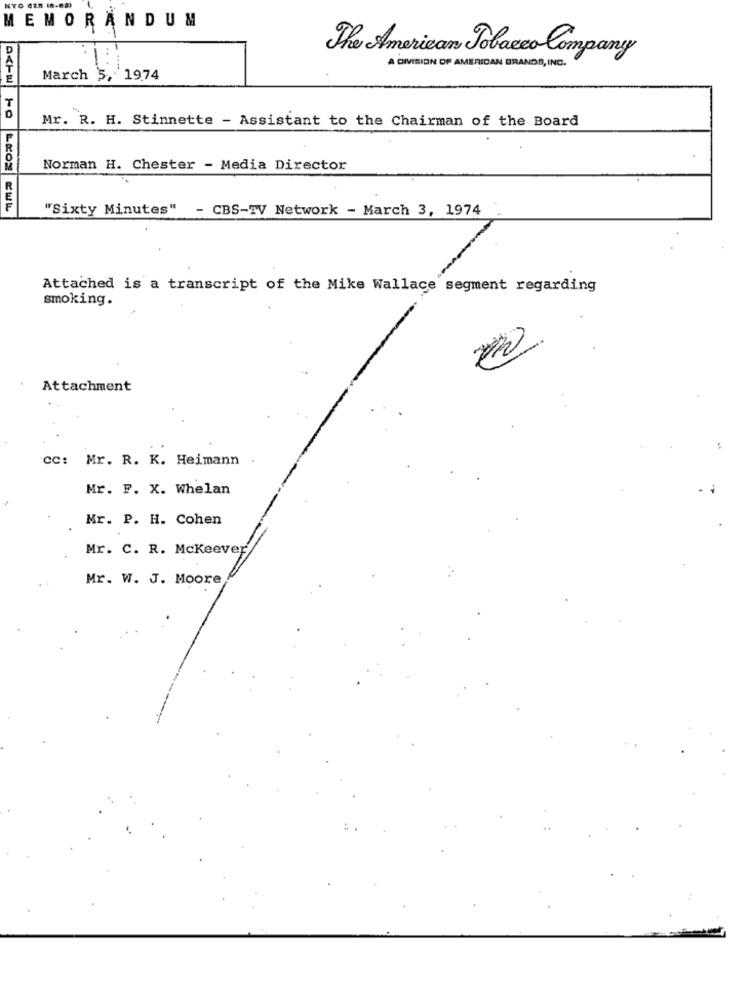
MEMORANDUM
The American Tobacco Company
A DIVISION OF AMERICAN BRANDS , INC.
March 5, 19.74
Mr. R. H. Stinnette - Assistant to the Chairman of the Board
Norman H. Chester - Media Director
"Sixty Minutes" - CBS-TV Network - March 3, 1974
Attached is a transcript of the Mike Wallace segment regarding
smoking.
Attachment
CC: Mr. R. K. Heimann
Mr. F. X. Whelan
Mr. P. H. Cohen
Mr. C. R. Mckeever
Mr. W. J. Moore